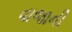
વાજાની